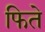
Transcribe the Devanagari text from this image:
फिते